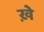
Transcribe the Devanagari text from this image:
ख़े